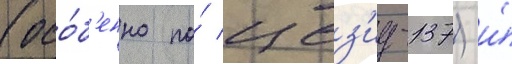
(осо́б'енно по́ цез'иу-137) и́